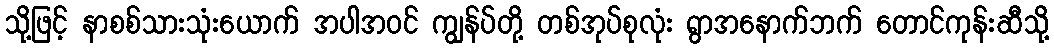
သို့ဖြင့် နာစစ်သားသုံးယောက် အပါအဝင် ကျွန်ပ်တို့ တစ်အုပ်စုလုံး ရွာအနောက်ဘက် တောင်ကုန်းဆီသို့